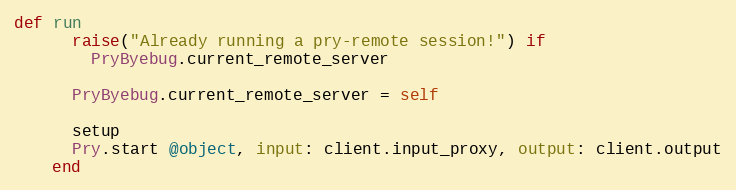
Language: Ruby
def run
      raise("Already running a pry-remote session!") if
        PryByebug.current_remote_server

      PryByebug.current_remote_server = self

      setup
      Pry.start @object, input: client.input_proxy, output: client.output
    end